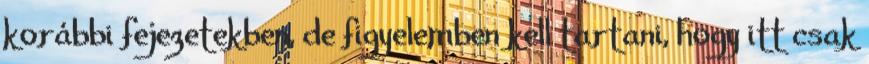
korábbi fejezetekben, de figyelemben kell tartani, hogy itt csak